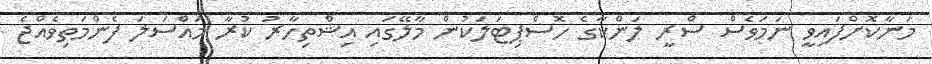
މަނާކޮށްފައިވީ ނަމަވެސް ސްރީ ލަންކާގެ ހޮސްޕިޓަލަކުން މާލޭގައި އިޝްތިހާރު ކުރާ މައްސަލަ ފެންމަތިވެއްޖެ